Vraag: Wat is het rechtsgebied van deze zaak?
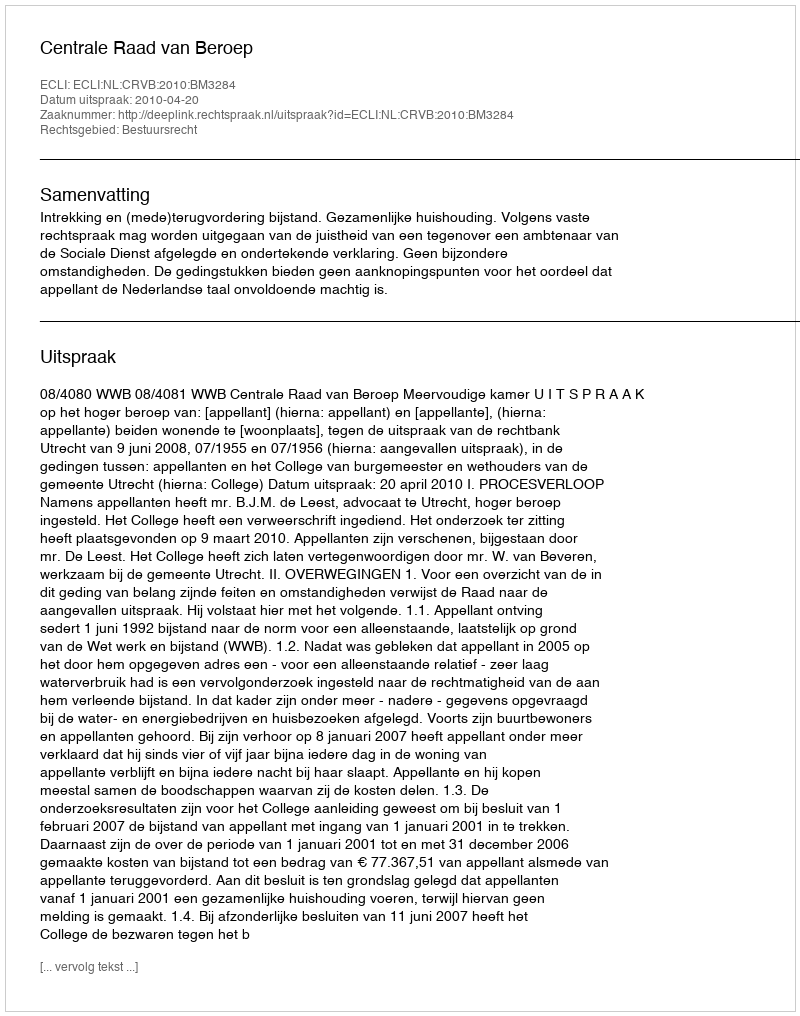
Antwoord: Bestuursrecht